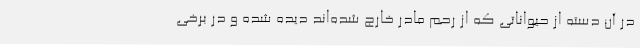
در آن دسته از حیواناتی که از رحم مادر خارج شده‌اند دیده شده و در برخی